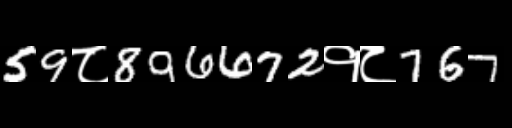
Text: 59८896672१८767